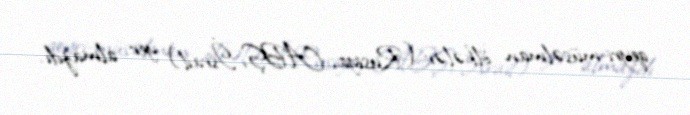
qeyri-müsəlman ölkələr (Rusiya, ABŞ, İsrail) yer almazdı.